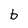
Character: b